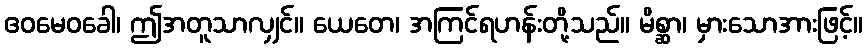
ဧဝမေဝခေါ၊ ဤအတူသာလျှင်။ ယေတေ၊ အကြင်ရဟန်းတို့သည်။ မိစ္ဆာ၊ မှားသောအားဖြင့်။